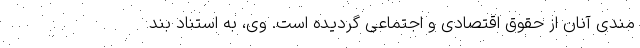
مندی آنان از حقوق اقتصادی و اجتماعی گردیده است. وی، به استناد بند